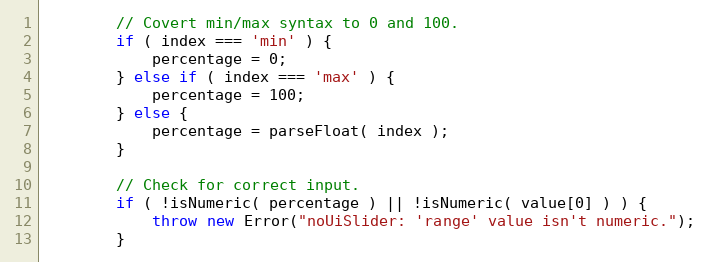
Language: JavaScript
        // Covert min/max syntax to 0 and 100.
        if ( index === 'min' ) {
            percentage = 0;
        } else if ( index === 'max' ) {
            percentage = 100;
        } else {
            percentage = parseFloat( index );
        }

        // Check for correct input.
        if ( !isNumeric( percentage ) || !isNumeric( value[0] ) ) {
            throw new Error("noUiSlider: 'range' value isn't numeric.");
        }